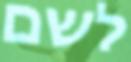
לשם